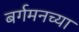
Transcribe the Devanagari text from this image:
बर्गमनच्या